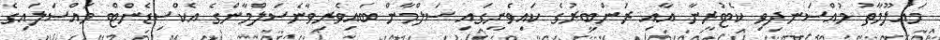
މައުލޫމާތު މުއްސަނދިވި ކެޓުރީނާ އާއި ރަންބީރުގެ ކައިވެނީގައި ސަލްމާން ބައިވެރިވާނެސަލްމާންގެ އެކްސިޑެންޓް މައްސަލައިގެ